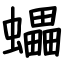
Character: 蠝